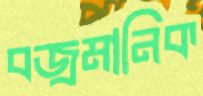
বজ্রমানিক